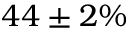
4 4 \pm 2 \%